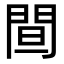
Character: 䦔